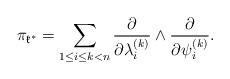
LaTeX: \begin{align*}\pi_{\mathfrak{k}^*} = \sum_{1\leq i \leq k < n} \frac{\partial}{\partial \lambda_i^{(k)}}\wedge\frac{\partial}{\partial \psi_i^{(k)}}.\end{align*}